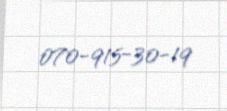
070-915-30-19